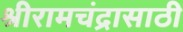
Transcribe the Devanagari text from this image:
श्रीरामचंद्रासाठी